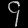
Digit: ၄